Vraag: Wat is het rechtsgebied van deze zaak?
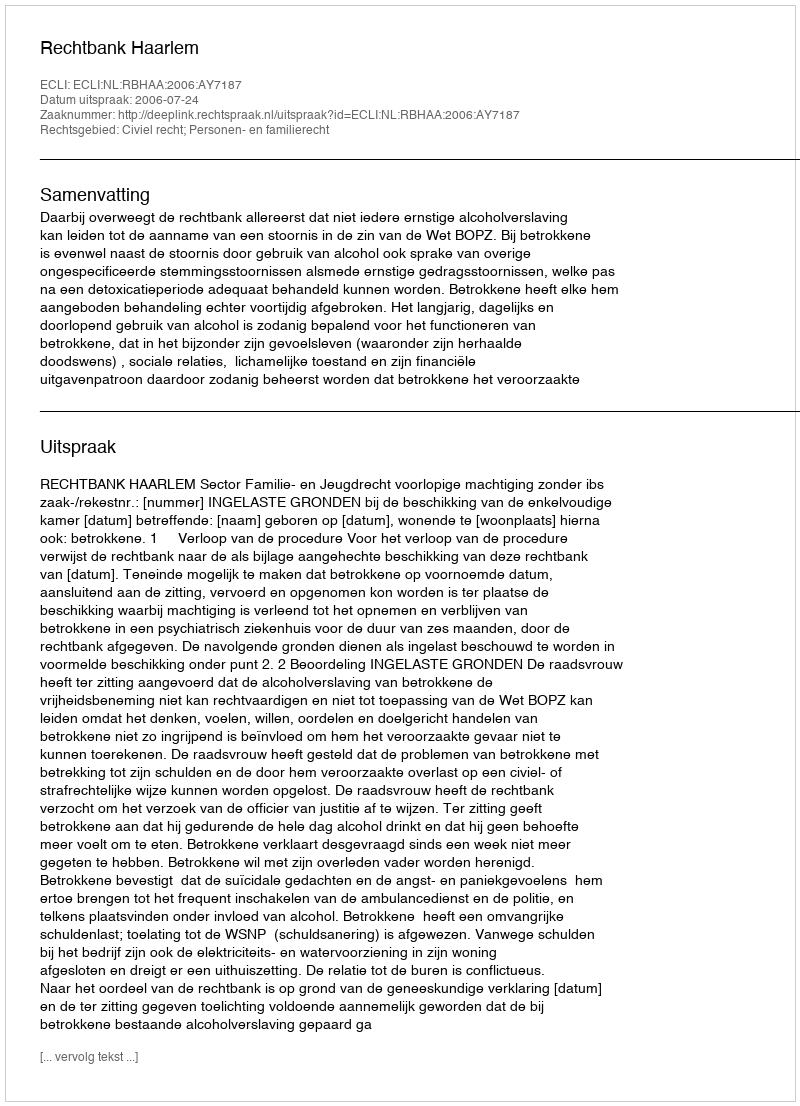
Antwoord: Civiel recht; Personen- en familierecht